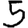
Digit: 5